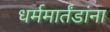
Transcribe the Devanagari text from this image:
धर्ममार्तंडांना